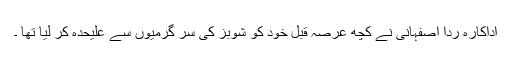
اداکارہ ردا اصفہانی نے کچھ عرصہ قبل خود کو شوبز کی سر گرمیوں سے علیحدہ کر لیا تھا ۔